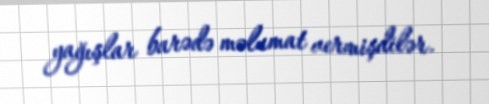
yağışlar barədə məlumat vermişdilər.